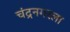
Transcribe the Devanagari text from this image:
चंद्रनगरला